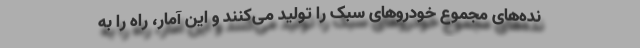
نده‌های مجموع خودروهای سبک را تولید می‌کنند و این آمار، راه را به